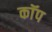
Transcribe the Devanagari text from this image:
काॅप